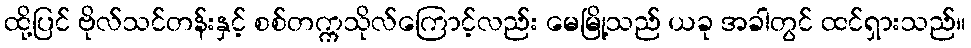
ထို့ပြင် ဗိုလ်သင်တန်းနှင့် စစ်တက္ကသိုလ်ကြောင့်လည်း မေမြို့သည် ယခု အခါတွင် ထင်ရှားသည်။